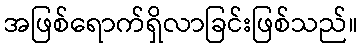
အဖြစ်ရောက်ရှိလာခြင်းဖြစ်သည်။